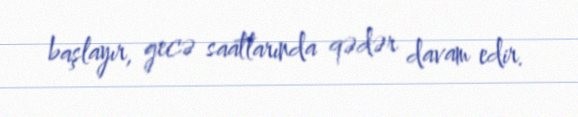
başlayır, gecə saatlarında qədər davam edir.